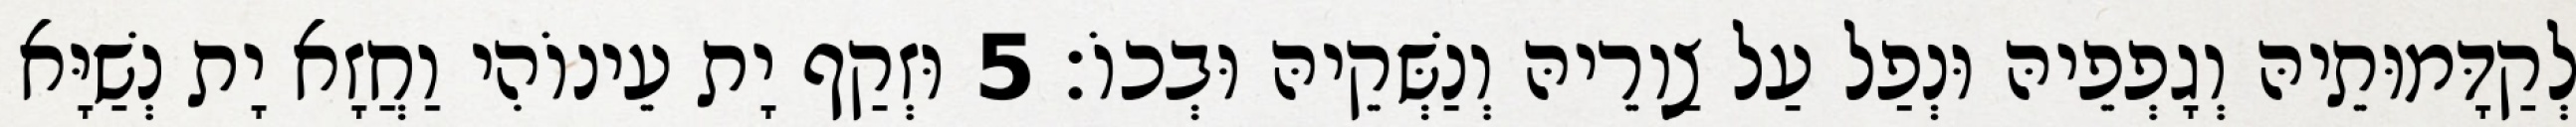
לְקַדָּמוּתֵיהּ וְגָפְפֵיהּ וּנְפַל עַל צַוְרֵיהּ וְנַשְּׁקֵיהּ וּבְכוֹ׃ 5 וּזְקַף יָת עֵינוֹהִי וַחֲזָא יָת נְשַׁיָּא